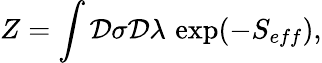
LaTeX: Z=\int{\cal D}\sigma{\cal D}\lambda\, \exp(-S_{eff}),